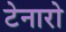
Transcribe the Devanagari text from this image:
टेनारो